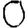
Digit: 0